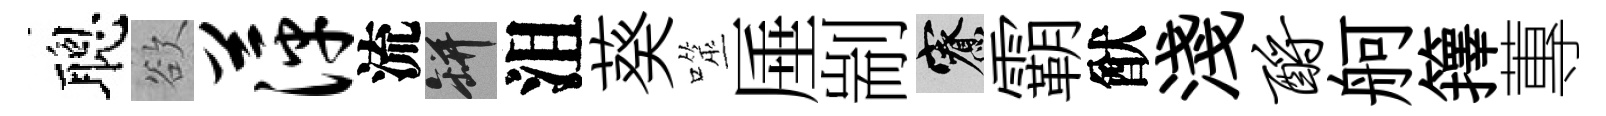
聰欲萍流瓶沮葵噬厜剬寮霸猷淺酹舸籜蓴